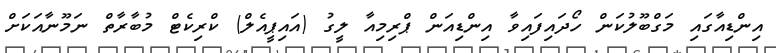
އިންޑިއާގައި މަގްބޫލުކަން ހޯދައިފައިވާ އިންޑިއަން ޕްރިމިއާ ލީގު (އައިޕީއެލް) ކްރިކެޓް މުބާރާތް ނަމޫނާއަކަށް